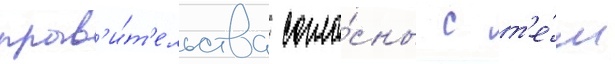
прав'и́т'ельства согла́сны с т'е́м